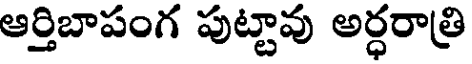
ఆర్తిబాపంగ పుట్టావు అర్ధరాత్రి